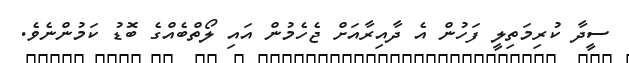
ސީދާ ކުރިމަތިލީ ފަހުން އެ ދާއިރާއަށް ޖެހެމުން އައި ލޯތްބެއްގެ ބޮޑު ކަމުންނެވެ.